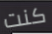
كنت